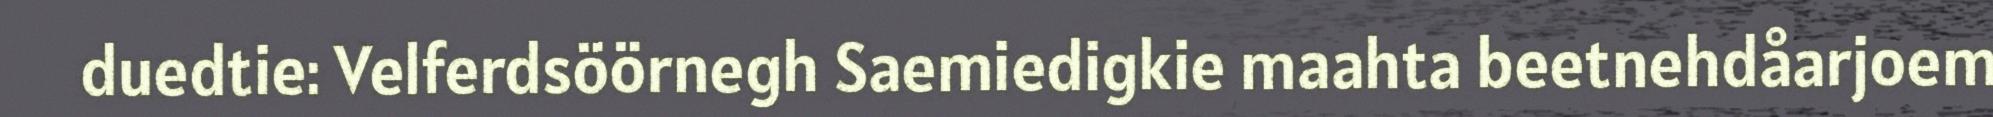
duedtie: Velferdsöörnegh Saemiedigkie maahta beetnehdåarjoem